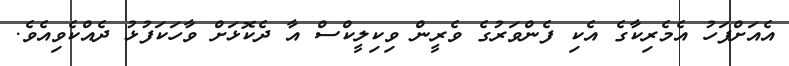
އެއަށްފަހު އެމެރިކާގެ އެކި ފެންވަރުގެ ވެރީން ވިކިލީކްސް އާ ދެކޮޅަށް ވާހަކަފުޅު ދެއްކެވިއެވެ.